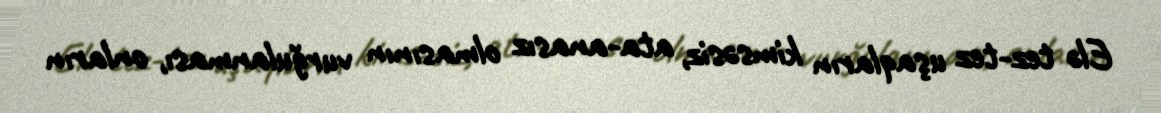
Elə tez-tez uşaqların kimsəsiz, ata-anasız olmasının vurğulanması, onların